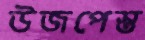
উজপেস্ত